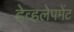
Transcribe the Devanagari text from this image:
डेव्हलेपमेंट